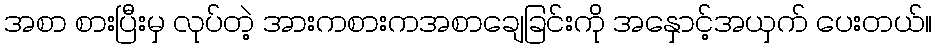
အစာ စားပြီးမှ လုပ်တဲ့ အားကစားကအစာချေခြင်းကို အနှောင့်အယှက် ပေးတယ်။